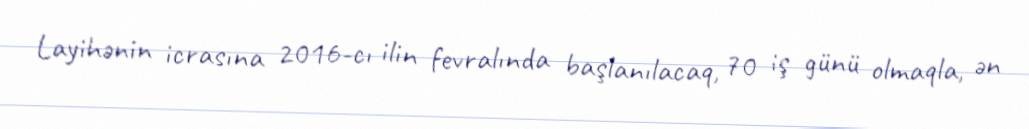
Layihənin icrasına 2016-cı ilin fevralında başlanılacaq, 70 iş günü olmaqla, ən